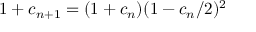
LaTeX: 1 + c _ { n + 1 } = ( 1 + c _ { n } ) ( 1 - c _ { n } / 2 ) ^ { 2 } \,